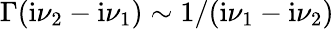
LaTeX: \Gamma(\mathrm{i}\nu_{2}-\mathrm{i}\nu_{1})\sim 1/(\mathrm{i}\nu_{1}-\mathrm{i}\nu_{2})